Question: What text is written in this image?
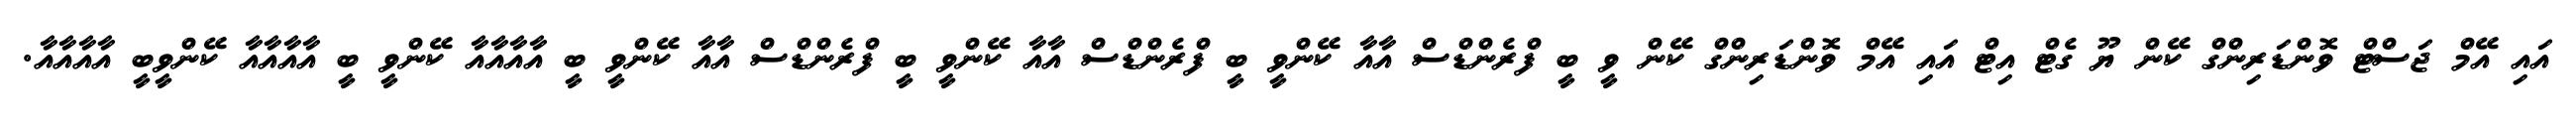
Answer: އައި އޭމް ޖަސްޓް ވޮންޑަރިންގް ކޭން ޔޫ ގެޓް އިޓް އައި އޭމް ވޮންޑަރިންގް ކޭން ވީ ބީ ފްރެންޑްސް އާއާ ކޭންވީ ބީ ފްރެންޑްސް އާއާ ކޭންވީ ބީ ފްރެންޑްސް އާއާ ކޭންވީ ބީ އާއާއާއާ ކޭންވީ ބީ އާއާއާއާ ކޭންވީބީ އާއާއާއާ.